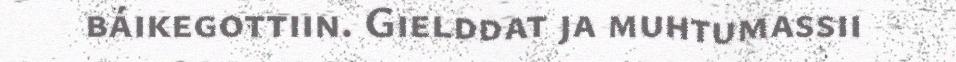
báikegottiin. Gielddat ja muhtumassii